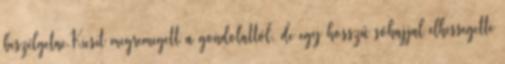
beszélgetne.Kicsit megremegett a gondolattól, de egy hosszú sóhajjal elhessegette